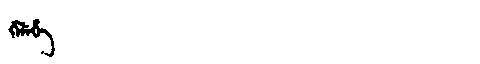
Manchu: ᡤᡝᠯᡝᡥᡝ
Romanization: GELEHE